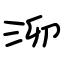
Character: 泖